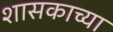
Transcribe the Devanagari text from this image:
शासकाच्या